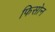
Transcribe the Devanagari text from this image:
फिसोन